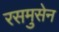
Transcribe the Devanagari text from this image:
रसमुसेन